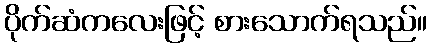
ပိုက်ဆံကလေးဖြင့် စားသောက်ရသည်။